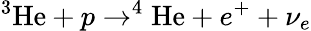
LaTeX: ^3\mathrm{He}+p\rightarrow^{4}\mathrm{He}+e^{+}+\nu_{e}